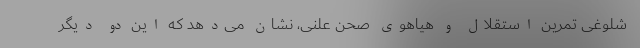
شلوغی تمرین استقلال و هیاهوی صحن علنی، نشان می‌دهد که این دو دیگر